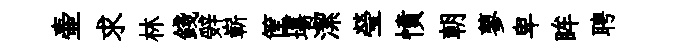
壷求林錢辤嶄筐塲潔瑩憤朝蓼卑眸聘